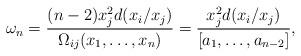
LaTeX: \begin{align*}\omega_n=\frac{(n-2)x_j^2 d(x_i/x_j)}{\Omega_{ij}(x_1,\ldots,x_{n})}=\frac{x_j^2 d(x_i/x_j)}{[a_1,\ldots,a_{n-2}]},\end{align*}